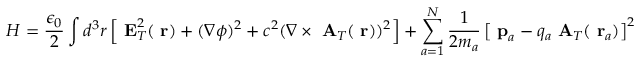
H = \frac { \epsilon _ { 0 } } { 2 } \int d ^ { 3 } r \left[ \mathrm { \bf ~ E } _ { T } ^ { 2 } ( \mathrm { \bf ~ r } ) + ( \nabla \phi ) ^ { 2 } + c ^ { 2 } ( \nabla \times \mathrm { \bf ~ A } _ { T } ( \mathrm { \bf ~ r } ) ) ^ { 2 } \right] + \sum _ { a = 1 } ^ { N } \frac { 1 } { 2 m _ { a } } \left[ \mathrm { \bf ~ p } _ { a } - q _ { a } \mathrm { \bf ~ A } _ { T } ( \mathrm { \bf ~ r } _ { a } ) \right] ^ { 2 }